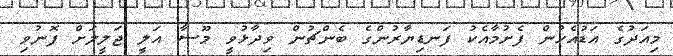
މިއަދުގެ އަޑުއެހުން ފެށުމާއެކު ފަނޑިޔާރުންގެ ބެންޗުން ވިދާޅުވީ މޫސާ އަލީ ޖަލީލަށް ފޮނުވި